Scottish Leaving Certificate Examination, 1957
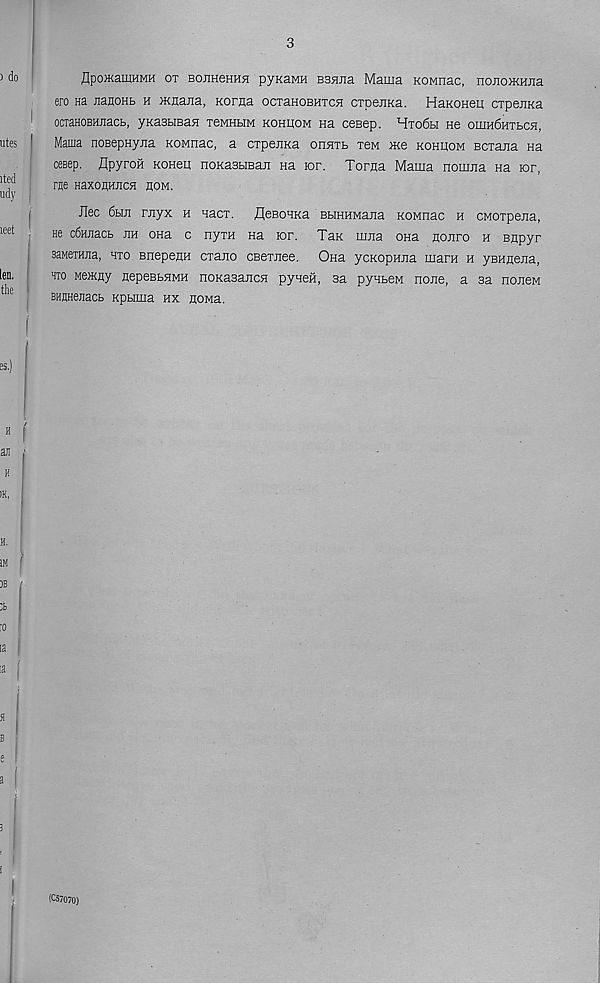
3
flpOJKaiUHMH OT BOJIHeHHH pyKaMH B35JHa Mama KOMnaC, nOJIOJKHJia
ero Ha naHOHb h MHana, Koraa ocxaHOBHTcn cxpejiKa. HaKoneq cxpenKa
ocraHOBHJiacb, yKastiBaH xeMHbM kohuom na cesep. Hxo6h ne oiiin6nTbC5i,
Mama noBepHyma Rownac, a cxpemna onsixb xeM me kohuom scxama na
ceBep. flpyroH Koneu noKasbiBan Ha ror. Toma Mama nomjia na ior,
rue HaxonHJicH hom.
Jlec 6bm myx h Hacx. flesoHRa BbiHHMama ROMnac h CMoxpema,
He cfiHJiacb jih ona c nyxH na lor. Tax mma ona mojiro h Bflpyr
BaMerama, hxo BnepenH cxano CBexmee. Ona ycRopHma mara h ysHneira,
hto MeMHy HepeBbHMH noKasaJicn pyHea, sa pyabeM none, a sa nomeM
BHHHejiacb Kpbima hx HOMa.
(CSTOTO)